Civil Veterinary Department. Madras. Admin. report 1926-33 - 1926-1933
Year: 1926
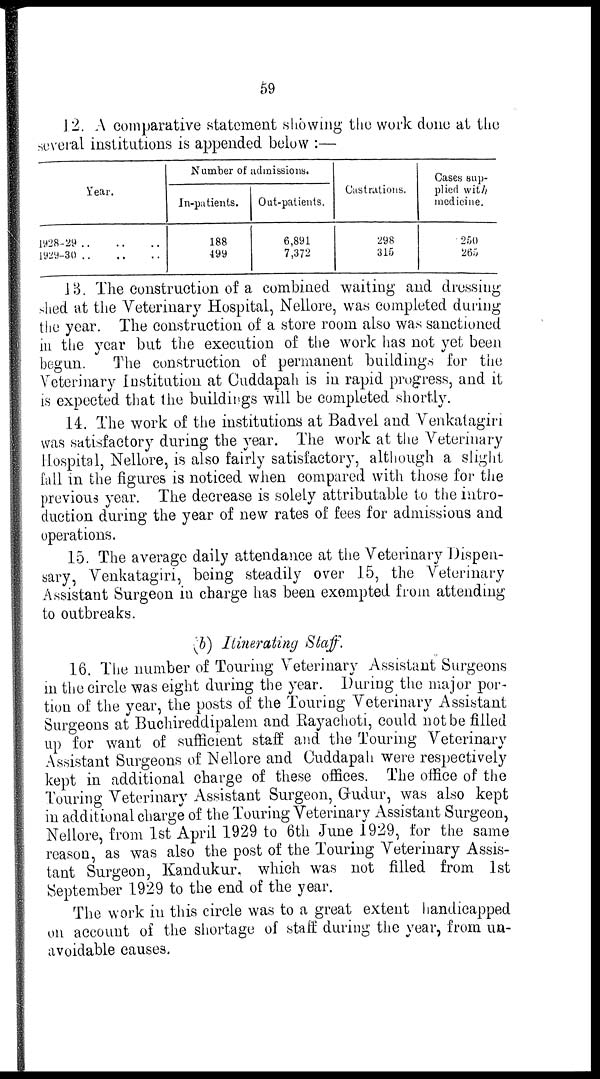
59
12. A comparative statement showing the work done at the
several institutions is appended below :—
Year.
1928-29
..
..
..
1929-30
..
..
..
Number of admissions.
In-patients.
188
499
Out-patients.
6,891
7,372
Castrations.
298
315
Cases sup-
plied with
medicine.
250
265
13. The construction of a combined waiting and dressing
shed at the Veterinary Hospital, Nellore, was completed during
the year. The construction of a store room also was sanctioned
in the year but the execution of the work has not yet been
begun.
The construction of permanent buildings for the
Veterinary Institution at Cuddapah is in rapid progress, and it
is expected that the buildings will be completed shortly.
14. The work of the institutions at Badvel and Venkatagiri
was satisfactory during the year. The work at the Veterinary
Hospital, Nellore, is also fairly satisfactory, although a slight
fall in the figures is noticed when compared with those for the
previous year. The decrease is solely attributable to the intro-
duction during the year of new rates of fees for admissions and
operations.
15. The average daily attendance at the Veterinary Dispen-
sary, Venkatagiri, being steadily over 15, the Veterinary
Assistant Surgeon in charge has been exempted from attending
to outbreaks.
(b) Itinerating Staff.
16. The number of Touring Veterinary Assistant Surgeons
in the circle was eight during the year. During the major por-
tion of the year, the posts of the Touring Veterinary Assistant
Surgeons at Buchireddipalem and Rayachoti, could not be filled
up for want of sufficient staff and the Touring Veterinary
Assistant Surgeons of Nellore and Cuddapah were respectively
kept in additional charge of these offices. The office of the
Touring Veterinary Assistant Surgeon, Gudur, was also kept
in additional charge of the Touring Veterinary Assistant Surgeon,
Nellore, from 1st April 1929 to 6th June 1929, for the same
reason, as was also the post of the Touring Veterinary Assis-
tant Surgeon, Kandukur. which was not filled from 1st
September 1929 to the end of the year.
The work in this circle was to a great extent handicapped
on account of the shortage of staff during the year, from un-
avoidable causes.